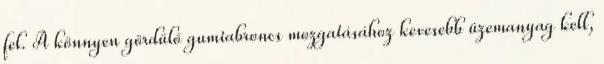
fel. A könnyen gördülő gumiabroncs mozgatásához kevesebb üzemanyag kell,